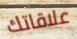
علاقاتك